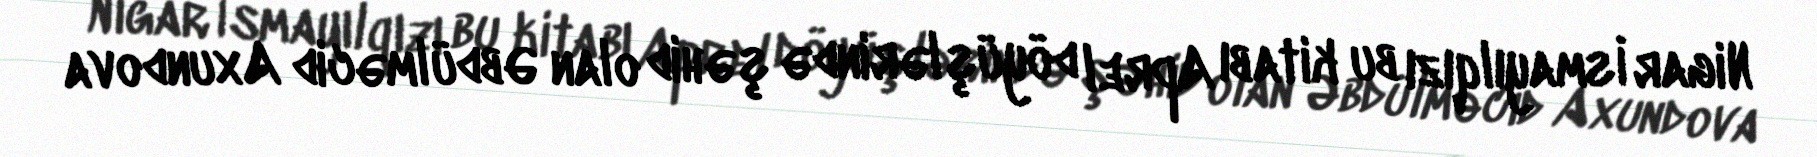
Nigar İsmayılqızı bu kitabı Aprel döyüşlərində şəhid olan Əbdülməcid Axundova